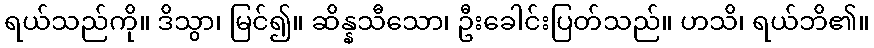
ရယ်သည်ကို။ ဒိသွာ၊ မြင်၍။ ဆိန္နသီသော၊ ဦးခေါင်းပြတ်သည်။ ဟသိ၊ ရယ်ဘိ၏။